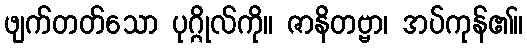
ဖျက်တတ်သော ပုဂ္ဂိုလ်ကို။ ဇာနိတဗ္ဗာ၊ အပ်ကုန်၏။